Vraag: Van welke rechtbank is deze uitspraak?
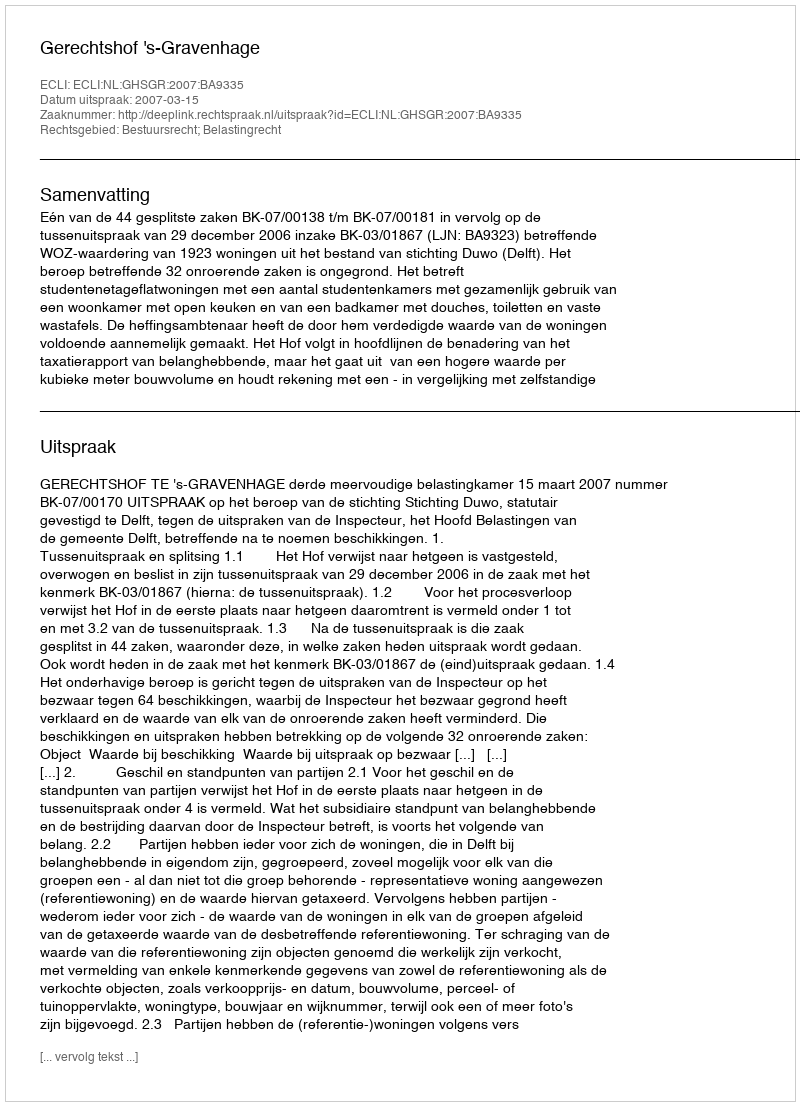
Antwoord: Gerechtshof 's-Gravenhage